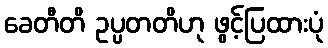
ခေတီတိ ဥပ္ပတတိဟု ဖွင့်ပြထားပုံ